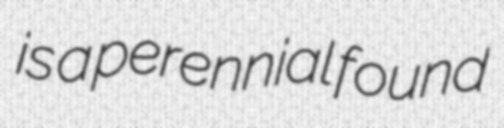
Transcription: is a perennial found